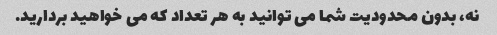
نه، بدون محدودیت شما می توانید به هر تعداد که می خواهید بردارید.